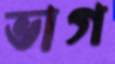
ভাগ